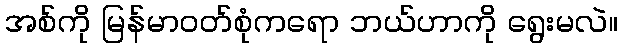
အစ်ကို မြန်မာဝတ်စုံကရော ဘယ်ဟာကို ရွေးမလဲ။